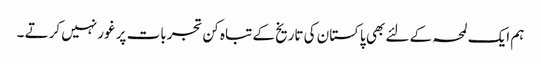
ہم ایک لمحہ کے لئے بھی پاکستان کی تاریخ کے تباہ کن تجربات پر غور نہیں کرتے ۔